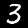
Label: 3